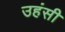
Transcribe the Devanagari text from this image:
उहंसी